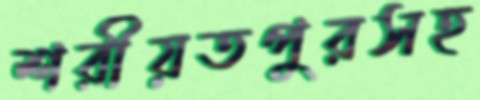
শরীয়তপুরসহ